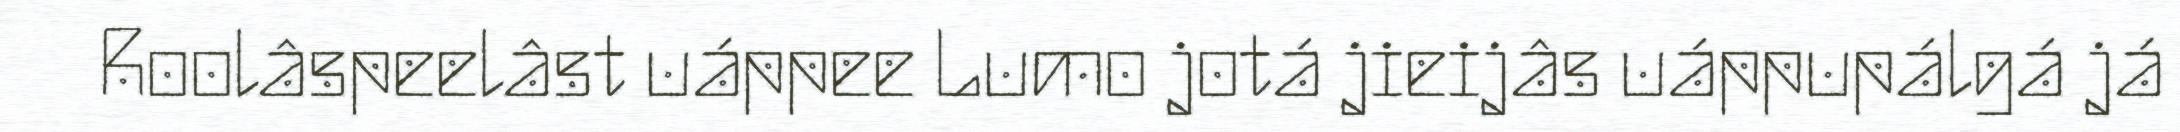
Roolâspeelâst uáppee Lumo jotá jieijâs uáppupálgá já